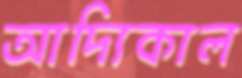
আদ্যিকাল